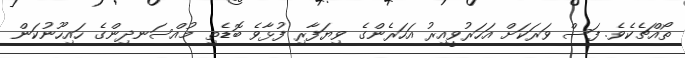
ތޯއްޗެކެވެ. ފަސް ވަރަކަށް އަހަރުވީއިރު އަހަރެންގެ ވިޔަފާރި ފުޅާވެ ބޮޑެތި މުއްސަނދިންގެ ހައިހޫނުކަން